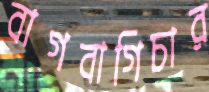
বাগবাগিচার